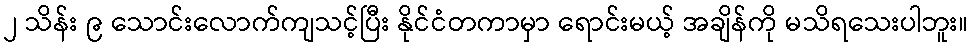
၂ သိန်း ၉ သောင်းလောက်ကျသင့်ပြီး နိုင်ငံတကာမှာ ရောင်းမယ့် အချိန်ကို မသိရသေးပါဘူး။